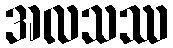
အလသဿ